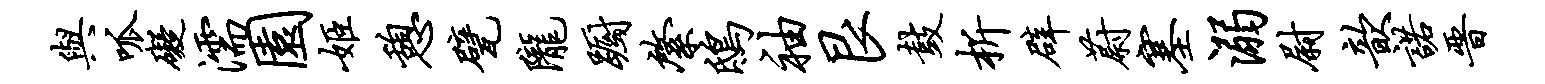
与呱碍濡园姬憩甓陇蹰綮鸱袖艮鼓析辟蔚塞溺尉歆诺晋